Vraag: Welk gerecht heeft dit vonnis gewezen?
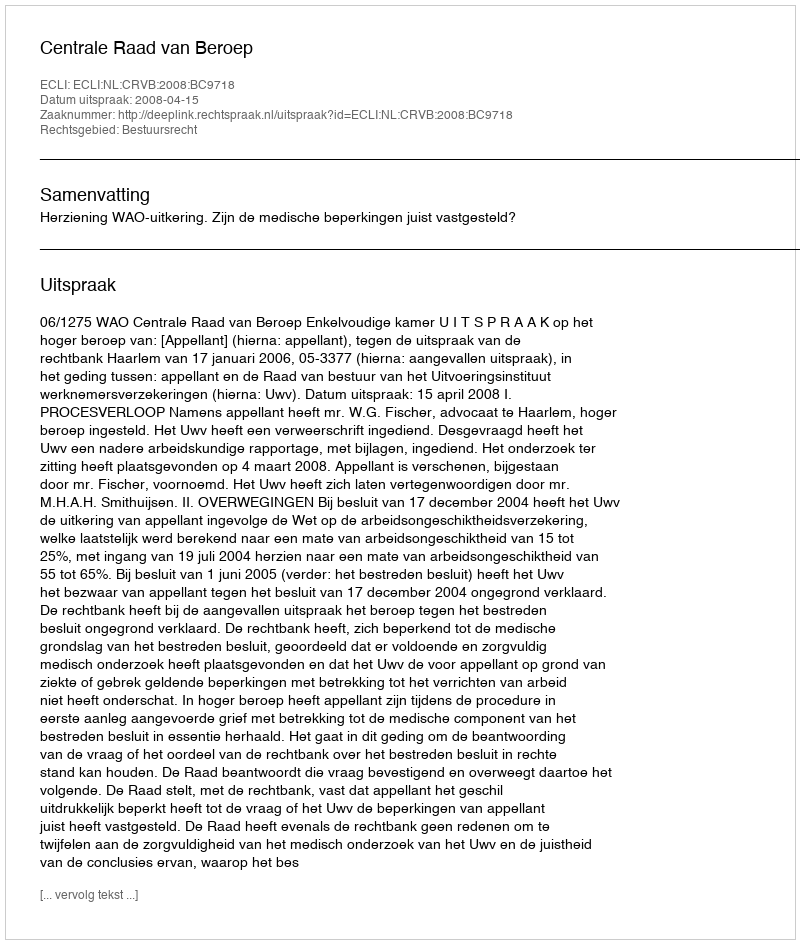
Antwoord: Centrale Raad van Beroep